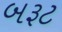
બરૂટ